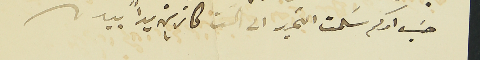
حسَب آمركم سلمت التحرير الى الست كاترين يداً بيد